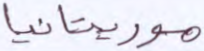
موريتانيا